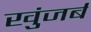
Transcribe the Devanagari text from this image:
खुंजर्ब